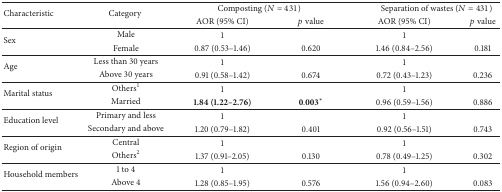
<table><thead><tr><td rowspan="2"><b>Characteristic </b></td><td rowspan="2"><b>Category </b></td><td colspan="2"><b>Composting (<i>N</i> = 431)</b></td><td colspan="2"><b> Separation of wastes (<i>N</i> = 431)</b></td></tr><tr><td><b>AOR (95% CI)</b></td><td><b><i>p</i> value</b></td><td><b>AOR (95% CI)</b></td><td><b><i>p</i> value</b></td></tr></thead><tbody><tr><td rowspan="2">Sex</td><td>Male</td><td>1</td><td> </td><td>1</td><td> </td></tr><tr><td>Female</td><td>0.87 (0.53–1.46)</td><td>0.620</td><td>1.46 (0.84–2.56)</td><td>0.181</td></tr><tr><td rowspan="2">Age</td><td>Less than 30 years</td><td>1</td><td> </td><td>1</td><td> </td></tr><tr><td>Above 30 years</td><td>0.91 (0.58–1.42)</td><td>0.674</td><td>0.72 (0.43–1.23)</td><td>0.236</td></tr><tr><td rowspan="2">Marital status </td><td>Others<sup>1</sup></td><td>1</td><td> </td><td>1</td><td> </td></tr><tr><td>Married</td><td><b>1.84 (1.22–2.76)</b></td><td>0.003<sup><i>∗</i></sup></td><td>0.96 (0.59–1.56)</td><td>0.886</td></tr><tr><td rowspan="2">Education level</td><td>Primary and less</td><td>1</td><td> </td><td>1</td><td> </td></tr><tr><td>Secondary and above</td><td>1.20 (0.79–1.82)</td><td>0.401</td><td>0.92 (0.56–1.51)</td><td>0.743</td></tr><tr><td rowspan="2">Region of origin</td><td>Central</td><td>1</td><td> </td><td>1</td><td> </td></tr><tr><td>Others<sup>2</sup></td><td>1.37 (0.91–2.05)</td><td>0.130</td><td>0.78 (0.49–1.25)</td><td>0.302</td></tr><tr><td rowspan="2">Household members</td><td>1 to 4</td><td>1</td><td> </td><td>1</td><td> </td></tr><tr><td>Above 4</td><td>1.28 (0.85–1.95)</td><td>0.576</td><td>1.56 (0.94–2.60)</td><td>0.083</td></tr></tbody></table>